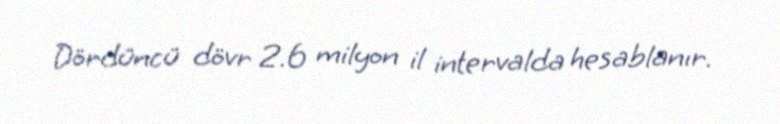
Dördüncü dövr 2.6 milyon il intervalda hesablanır.